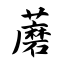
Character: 蘑